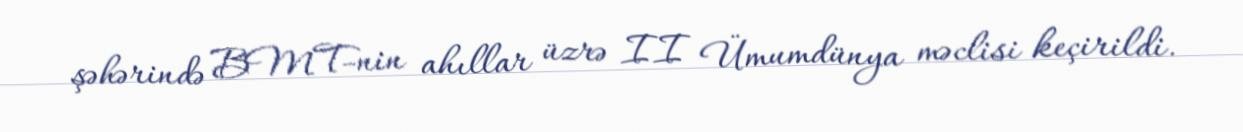
şəhərində BMT-nin ahıllar üzrə II Ümumdünya məclisi keçirildi.